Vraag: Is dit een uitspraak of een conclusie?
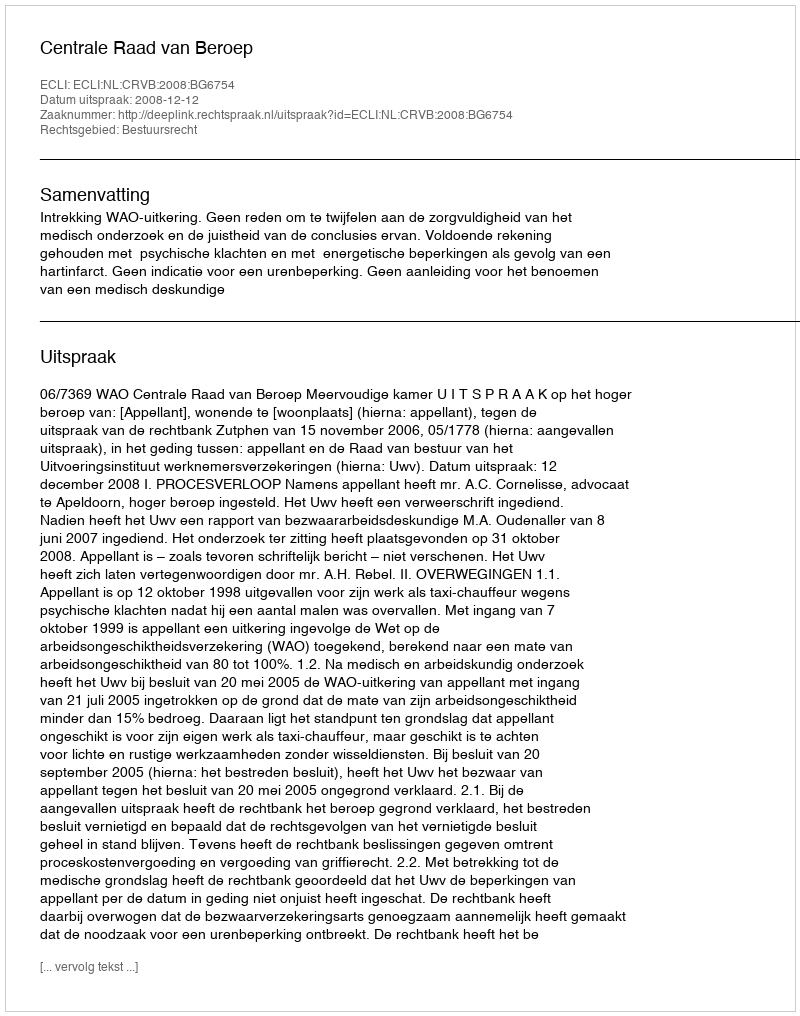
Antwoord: Uitspraak